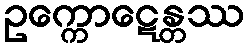
ဥက္ကောဋေန္တဿ